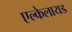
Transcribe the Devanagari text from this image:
एल्केलायड